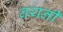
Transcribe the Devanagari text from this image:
बयनी